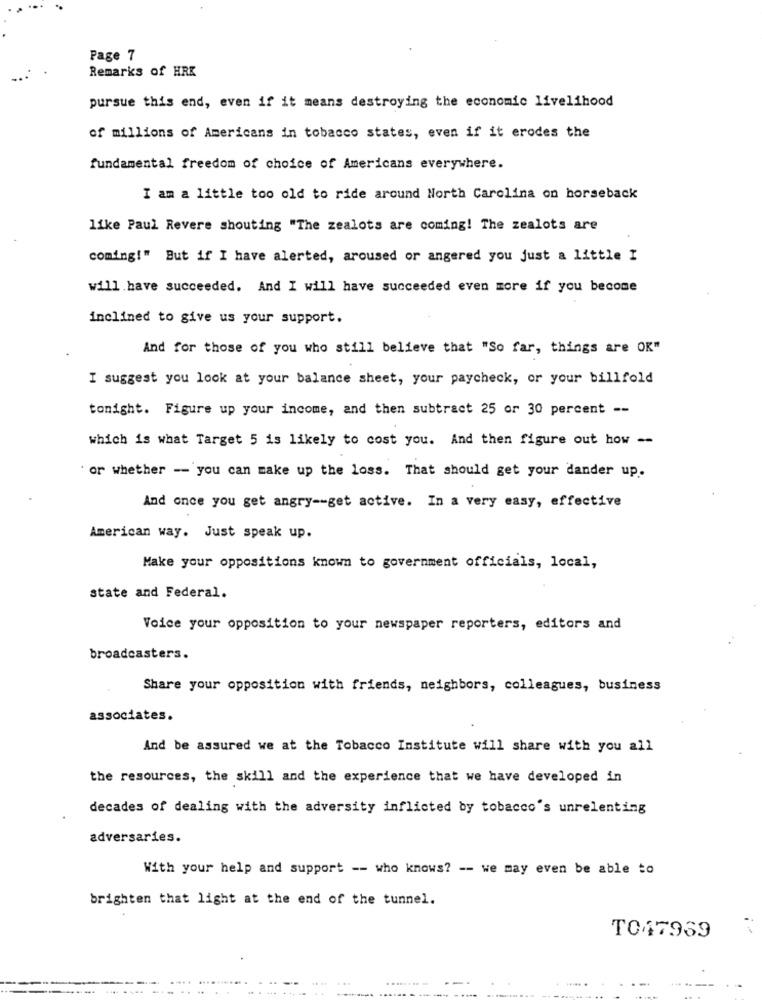
Page 7
Remarks of HRK
pursue this end, even if it means destroying the economic livelihood
of millions of Americans in tobacco states, even if it erodes the
fundamental freedom of choice of Americans everywhere.
I am a little too old to ride around North Carolina on horseback
like Paul Revere shouting "The zealots are coming! The zealots are
coming!" But if I have alerted, aroused or angered you just a little I
will.have succeeded. And I will have succeeded even more if you become
inclined to give us your support.
And for those of you who still believe that "So far, things are OK"
I suggest you look at your balance sheet, your paycheck, or your billfold
tonight. Figure up your income, and then subtract 25 or 30 percent --
which is what Target 5 is likely to cost you. And then figure out how --
' or whether -- you can make up the loss. That should get your dander up.
And once you get angry -- get active. In a very easy, effective
American way. Just speak up.
Make your oppositions known to government officials, local,
state and Federal.
Voice your opposition to your newspaper reporters, editors and
broadcasters.
Share your opposition with friends, neighbors, colleagues, business
associates.
And be assured we at the Tobacco Institute will share with you all
the resources, the skill and the experience that we have developed in
decades of dealing with the adversity inflicted by tobacco's unrelenting
adversaries.
With your help and support -- who knows? -- we may even be able to
brighten that light at the end of the tunnel.
TO47969